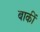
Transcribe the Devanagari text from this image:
बाकीं